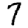
Digit: 7